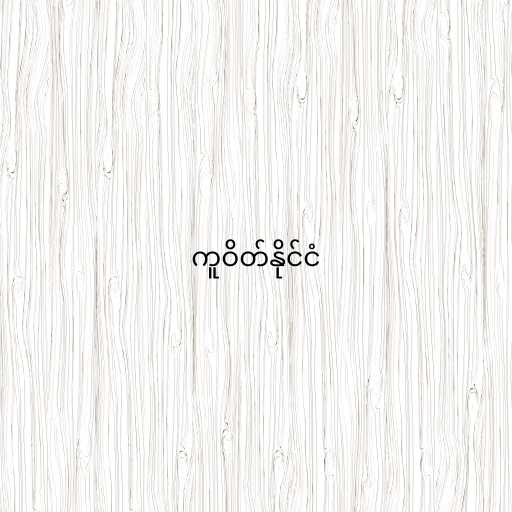
ကူဝိတ်နိုင်ငံ